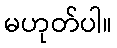
မဟုတ်ပါ။